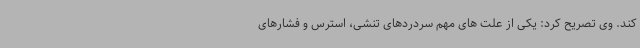
کند. وی تصریح کرد: یکی از علت های مهم سردردهای تنشی، استرس و فشارهای